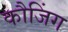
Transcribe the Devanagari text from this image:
कौजिंग